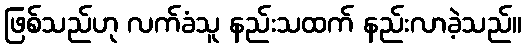
ဖြစ်သည်ဟု လက်ခံသူ နည်းသထက် နည်းလာခဲ့သည်။